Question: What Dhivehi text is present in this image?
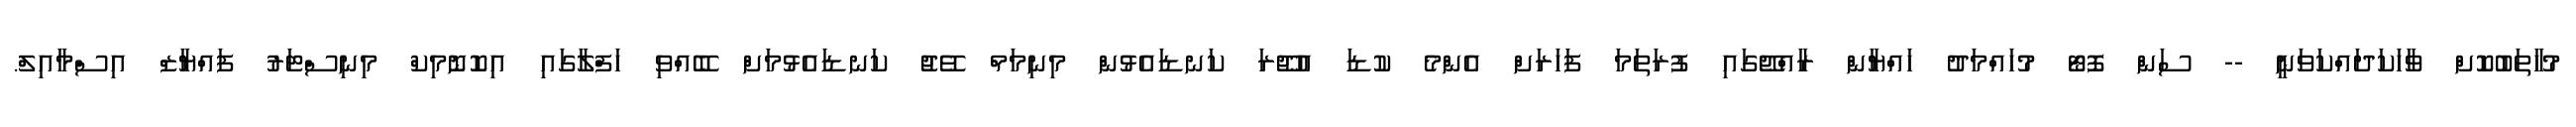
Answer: މުހާތަބުކޮށް ވާހަކަދައްކަވަނީ -- ސަން ފޮޓޯ މުހައްމަދު ހައްޔާން ރާއްޖޭގައި ފުރަތަމަ ފަހަރަށް އެންމެ ކުޑަ އުޖޫރަ ކަނޑައެޅުން މިނިމަމް ވޭޖު ކަނޑައެޅުމަށް ބޭއްވި ހަފްލާގައި އިކޮނޮމިކް މިނިސްޓަރު ފައްޔާޒް އިސްމާއިލް.